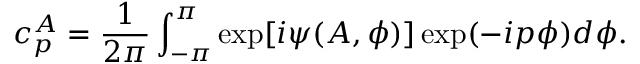
c _ { p } ^ { A } = \frac { 1 } { 2 \pi } \int _ { - \pi } ^ { \pi } \exp [ i \psi ( A , \phi ) ] \exp ( - i p \phi ) d \phi .